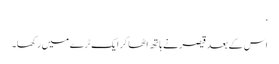
‘
اس کے بعد قیصر نے ہاتھ اٹھا کر ایک ٹرے میں رکھا۔